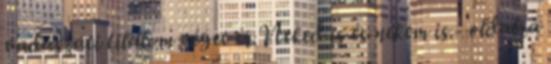
vadászati tilalom véget ér.Neked is és nekem is.- oldalra